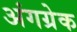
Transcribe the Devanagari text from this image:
अंगग्रेक